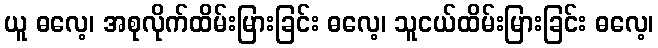
ယူ ဓလေ့၊ အစုလိုက်ထိမ်းမြားခြင်း ဓလေ့၊ သူငယ်ထိမ်းမြားခြင်း ဓလေ့၊